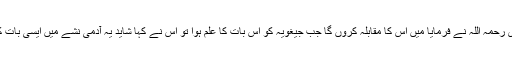
امام سرماری رحمہ اللہ نے فرمایا میں اس کا مقابلہ کروں گا جب جیغویہ کو اس بات کا علم ہوا تو اس نے کہا شاید یہ آدمی نشے میں ایسی بات کہہ رہا ہے ۔